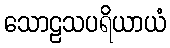
သောဠသပရိယာယံ